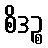
စိဒဉ္စ